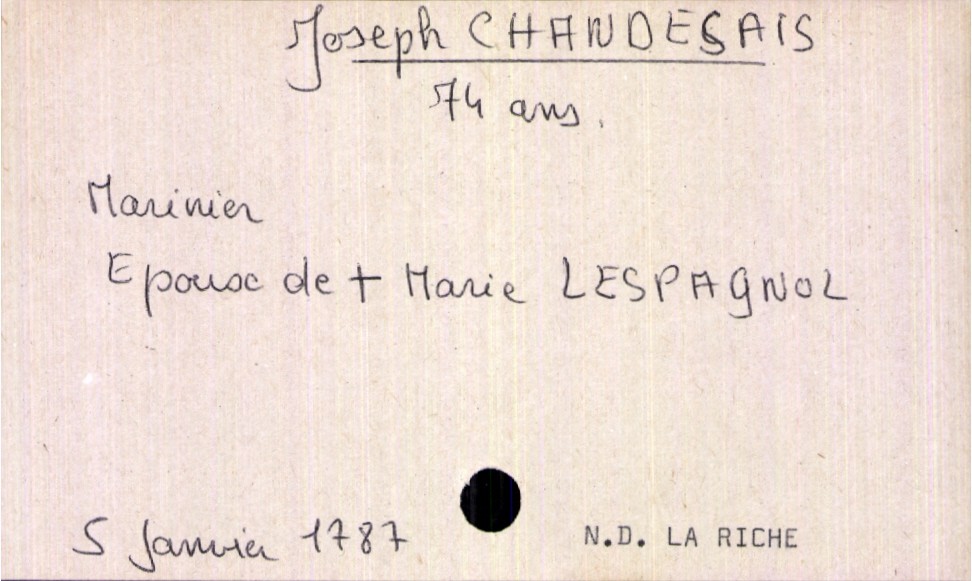
type_acte: Décès
année: 1787
mois: janvier
jour: 5
paroisse: Notre Dame La Riche
défunt_nom: Chandesais
défunt_prénom: Joseph
défunt_sexe: H
défunt_âge: 74 ans
défunt_profession: marinier
défunt_statut: veuf(ve)